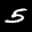
Label: 5